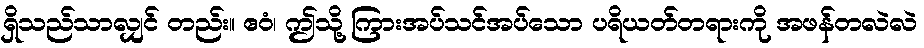
ရှိသည်သာလျှင် တည်း။ ဧဝံ၊ ဤသို့ ကြားအပ်သင်အပ်သော ပရိယတ်တရားကို အဖန်တလဲလဲ